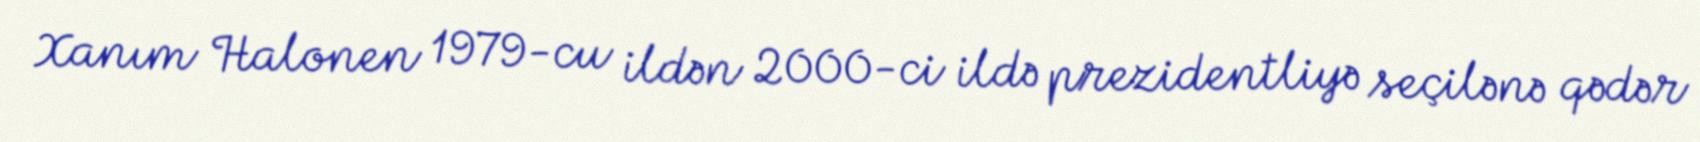
Xanım Halonen 1979-cu ildən 2000-ci ildə prezidentliyə seçilənə qədər